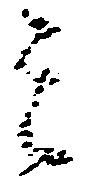
者